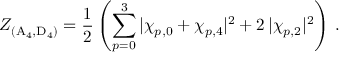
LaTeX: Z _ { ( \mathrm { A } _ { 4 } , \mathrm { D } _ { 4 } ) } = \frac 1 2 \left( \sum _ { p = 0 } ^ { 3 } | \chi _ { p , 0 } + \chi _ { p , 4 } | ^ { 2 } + 2 \, | \chi _ { p , 2 } | ^ { 2 } \right) \, .